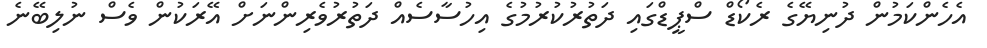
އެހެންކަމުން ދުނިޔޭގެ ރެކޯޑް ސްޕީޑްގައި ދަތުރުކުރުމުގެ އިހުސާސެއް ދަތުރުވެރިންނަށް އޭރަކުން ވެސް ނުލިބޭނެ